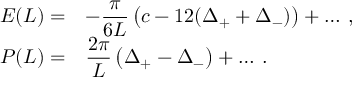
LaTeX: \begin{array} { r l } { { \displaystyle E ( L ) = } } & { { - \displaystyle \frac { \pi } { 6 L } \left( c - 1 2 ( \Delta _ { + } + \Delta _ { - } ) \right) + \ldots \: , } } \\ { { P ( L ) = } } & { { \displaystyle \frac { 2 \pi } { L } \left( \Delta _ { + } - \Delta _ { - } \right) + \ldots \: . } } \end{array}